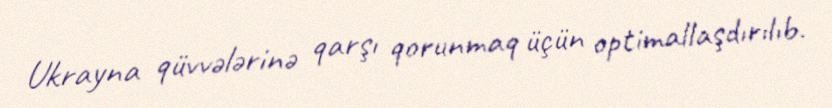
Ukrayna qüvvələrinə qarşı qorunmaq üçün optimallaşdırılıb.